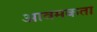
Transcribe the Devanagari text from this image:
आवमकता